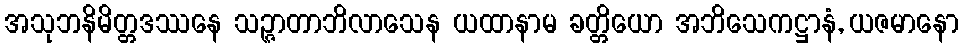
အသုဘနိမိတ္တဒဿနေ သဉ္ဇာတာဘိလာသေန ယထာနာမ ခတ္တိယော အဘိသေကဋ္ဌာနံ, ယဇမာနော